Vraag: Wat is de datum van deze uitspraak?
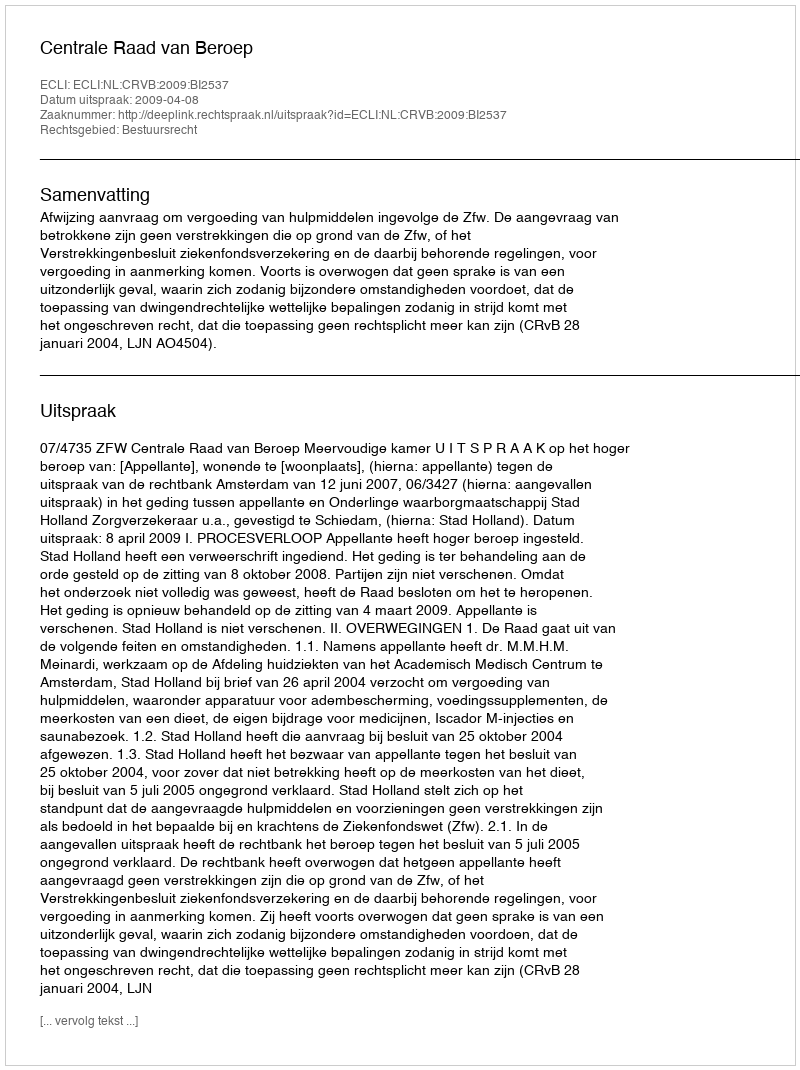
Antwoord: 2009-04-08